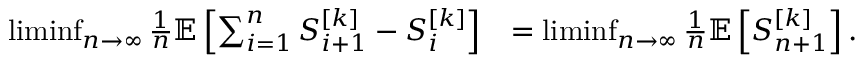
\begin{array} { r l } { \operatorname* { l i m i n f } _ { n \rightarrow \infty } \frac { 1 } { n } { \mathbb { E } } \left[ \sum _ { i = 1 } ^ { n } S _ { i + 1 } ^ { [ k ] } - S _ { i } ^ { [ k ] } \right] } & { = \operatorname* { l i m i n f } _ { n \rightarrow \infty } \frac { 1 } { n } { \mathbb { E } } \left[ S _ { n + 1 } ^ { [ k ] } \right] . } \end{array}